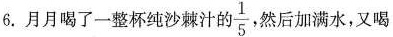
6. 月月喝了一整杯纯沙棘汁的\frac{1}{5}，然后加满水，又喝